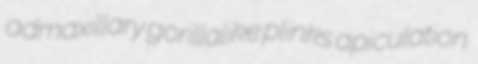
admaxillary gorillalike plinks apiculation